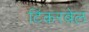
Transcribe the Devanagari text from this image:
टिंकरबेल